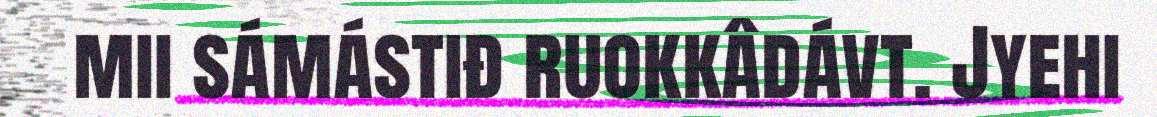
mii sámástiđ ruokkâdávt. Jyehi